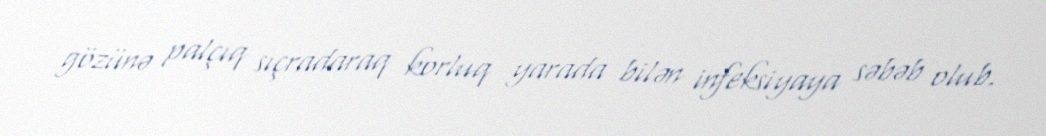
gözünə palçıq sıçradaraq korluq yarada bilən infeksiyaya səbəb olub.